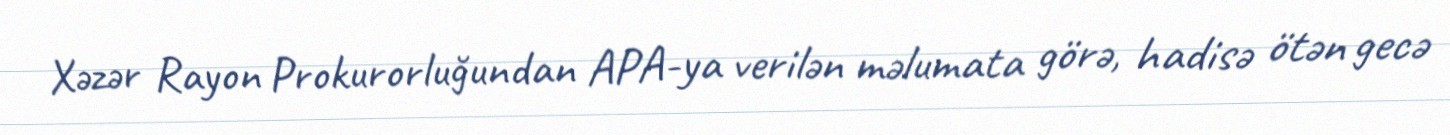
Xəzər Rayon Prokurorluğundan APA-ya verilən məlumata görə, hadisə ötən gecə